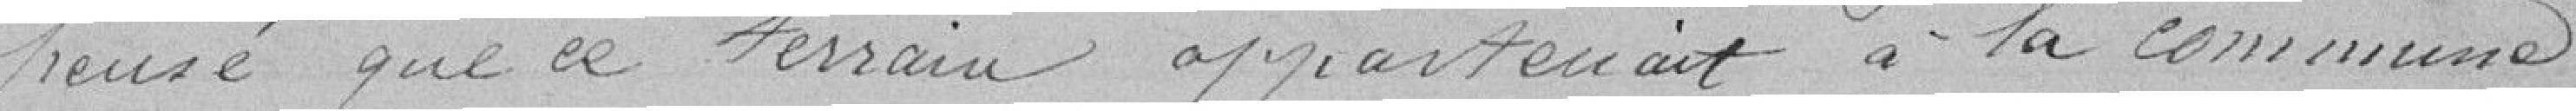
pensé que le terrain appartenait à la commune